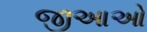
જીઆઓ